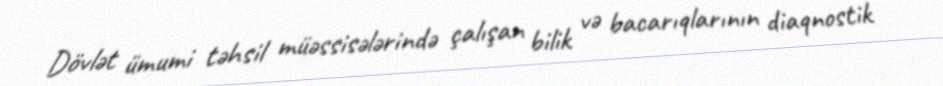
Dövlət ümumi təhsil müəssisələrində çalışan bilik və bacarıqlarının diaqnostik